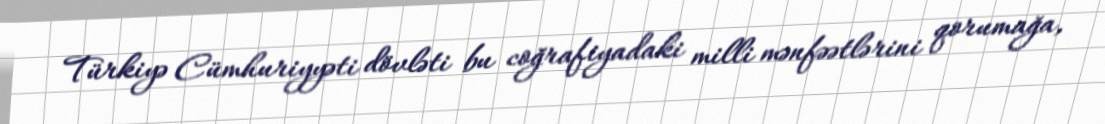
Türkiyə Cümhuriyyəti dövləti bu coğrafiyadaki milli mənfəətlərini qorumağa,